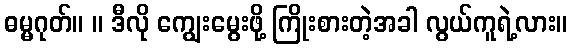
ဓမ္မဂုတ်။ ။ ဒီလို ကျွေးမွေးဖို့ ကြိုးစားတဲ့အခါ လွယ်ကူရဲ့လား။